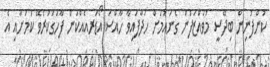
ކުންފުނިން ބިދޭސީ މުވައްޒަފުން ގެނައުމަށް ހަދާފައިވާ ހާއްސަ އޯޑަރއެއްކަން ފާހަގަކުރެވޭ ކަމަށާއި އެ